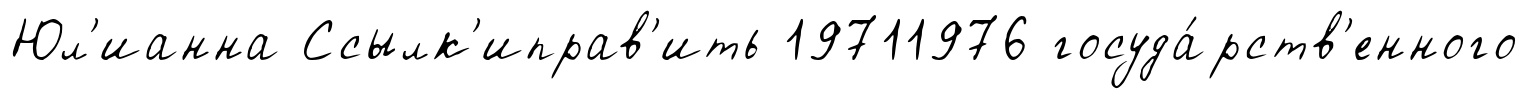
Юл'ианна Ссылк'иправ'ить 19711976 госуда́рств'енного